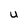
Character: U